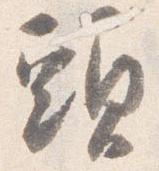
頭